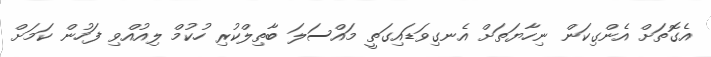
އެގޮތަށް އެންގިކަން ނިހާޔަތަށް އެނގިވަޑައިގަތީ މައްސަލަ ބާތިލްކުރި ހުކުމް ލިއުއްވި ފަހުން ކަމަށް